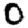
Digit: 0